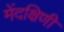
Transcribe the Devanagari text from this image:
मेंदक्षिणी